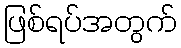
ဖြစ်ရပ်အတွက်